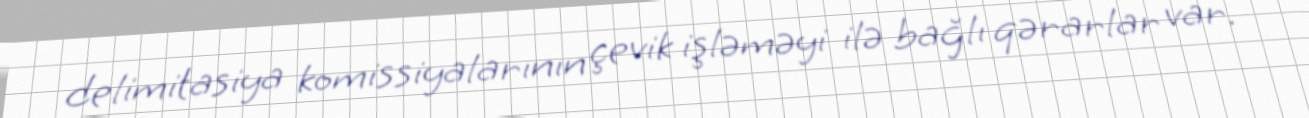
delimitasiya komissiyalarının çevik işləməyi ilə bağlı qərarlar var.